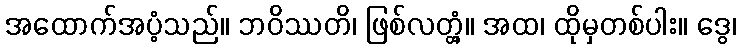
အထောက်အပံ့သည်။ ဘဝိဿတိ၊ ဖြစ်လတ္တံ့။ အထ၊ ထိုမှတစ်ပါး။ ဒွေ၊